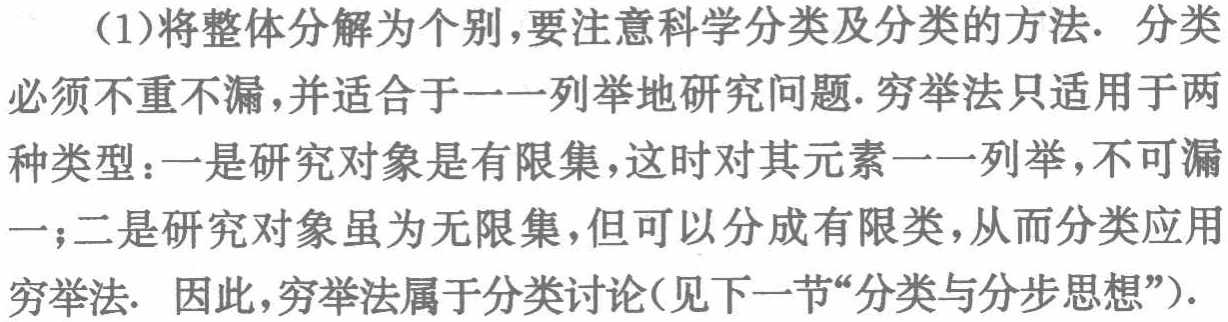
(1)将整体分解为个别,要注意科学分类及分类的方法. 分类必须不重不漏,并适合于一一列举地研究问题.穷举法只适用于两种类型：一是研究对象是有限集,这时对其元素一一列举,不可漏一；二是研究对象虽为无限集,但可以分成有限类,从而分类应用穷举法. 因此,穷举法属于分类讨论(见下一节“分类与分步思想”).